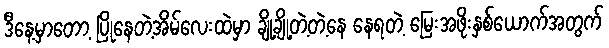
ဒီနေ့မှာတော့ ပြိုနေတဲ့အိမ်လေးထဲမှာ ချို့ချို့တဲ့တဲ့နေ နေရတဲ့ မြေးအဖိုးနှစ်ယောက်အတွက်